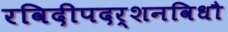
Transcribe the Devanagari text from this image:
रविदीपदर्शनविधौ